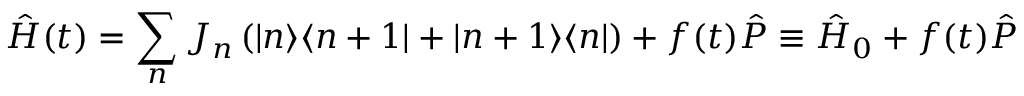
\hat { H } ( t ) = \sum _ { n } J _ { n } \left( | n \rangle \langle n + 1 | + | n + 1 \rangle \langle n | \right) + f ( t ) \hat { P } \equiv \hat { H } _ { 0 } + f ( t ) \hat { P }